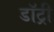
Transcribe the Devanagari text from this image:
डॉट्री